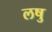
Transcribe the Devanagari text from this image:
लषु